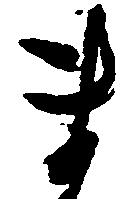
ま